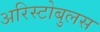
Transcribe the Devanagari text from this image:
अरिस्टोबुलस